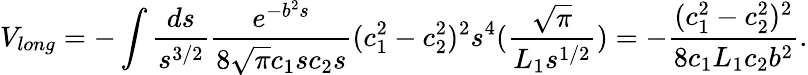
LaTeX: V_{long}=-\int\frac{ds}{s^{3/2}}\frac{e^{-b^{2}s}}{8\sqrt{\pi}c_{1}sc_{2}s}(c_{1}^{2}-c_{2}^{2})^{2}s^{4}(\frac{\sqrt{\pi}}{L_{1}s^{1/2}})=-\frac{(c_{1}^{2}-c_{2}^{2})^{2}}{8c_{1}L_{1}c_{2}b^{2}}.